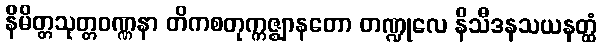
နိမိတ္တသုတ္တဝဏ္ဏနာ တိကစတုက္ကဇ္ဈာနတော တဏ္ဍုလေ နိသီဒနသယနတ္ထံ